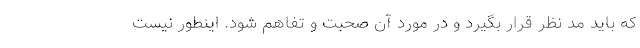
که باید مد نظر قرار بگیرد و در مورد آن صحبت و تفاهم شود. اینطور نیست